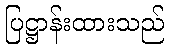
ပြဋ္ဌာန်းထားသည်